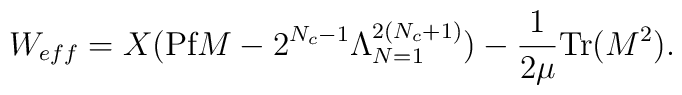
W_{eff} = X (\mbox{Pf}M - 2^{N_{c}-1}\Lambda_{N=1}^{2(N_{c}+1)}) - \frac{1}{2\mu}\mbox{Tr}(M^{2}).